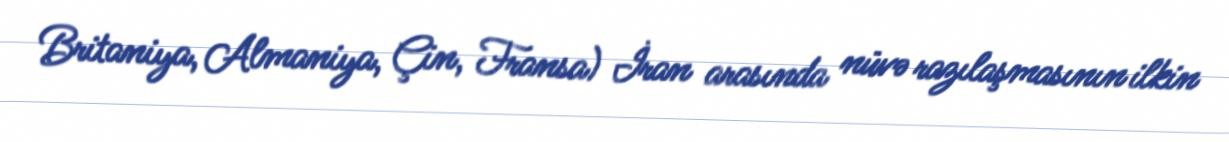
Britaniya, Almaniya, Çin, Fransa) İran arasında nüvə razılaşmasının ilkin